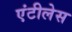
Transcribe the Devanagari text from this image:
एंटीलेस